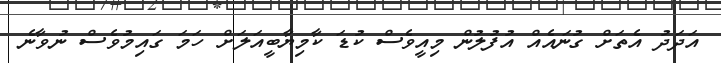
އަދަދު އެތަށް ގުނައެއް އުފުލުން މިއީވެސް ކުޑަ ކާމިޔާބީއަލަށް ހަމަ ގައިމުވެސް ނުވާނެ